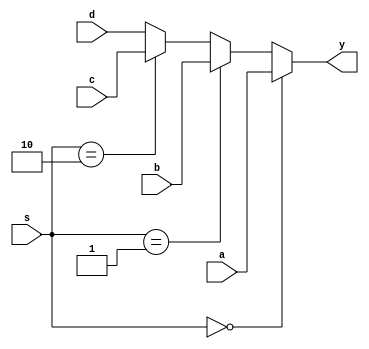
module mux4(a,b,c,d,s,y);
input[3:0] a,b,c,d;
input[1:0] s;
output[3:0] y;

assign y=(s==0)?a:(s==1)?b:(s==2)?c:d;

endmodule

module test_mux4;
reg[3:0] a,b,c,d;
reg[1:0] s;
wire[3:0] y;

mux4 u0(a,b,c,d,s,y);

initial begin
	a=4'd1;b=4'd6;c=4'd10;d=4'd15;s=2'd0;
#10	s=2'd0;
#10	s=2'd1;
#10 	s=2'd2;
#10	s=2'd3;
#10	$stop;
end
endmodule